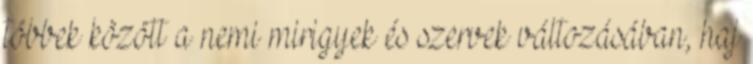
többek között a nemi mirigyek és szervek változásában, haj